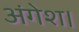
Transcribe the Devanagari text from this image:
अंगेश।